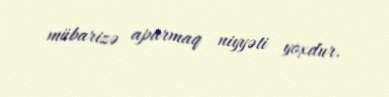
mübarizə aparmaq niyyəti yoxdur.